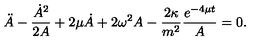
\ddot { A } - \frac { \dot { A } ^ { 2 } } { 2 A } + 2 \mu \dot { A } + 2 \omega ^ { 2 } A - \frac { 2 \kappa } { m ^ { 2 } } \frac { e ^ { - 4 \mu t } } { A } = 0 .